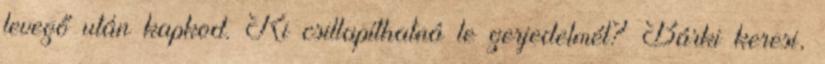
levegő után kapkod. Ki csillapíthatná le gerjedelmét? Bárki keresi,